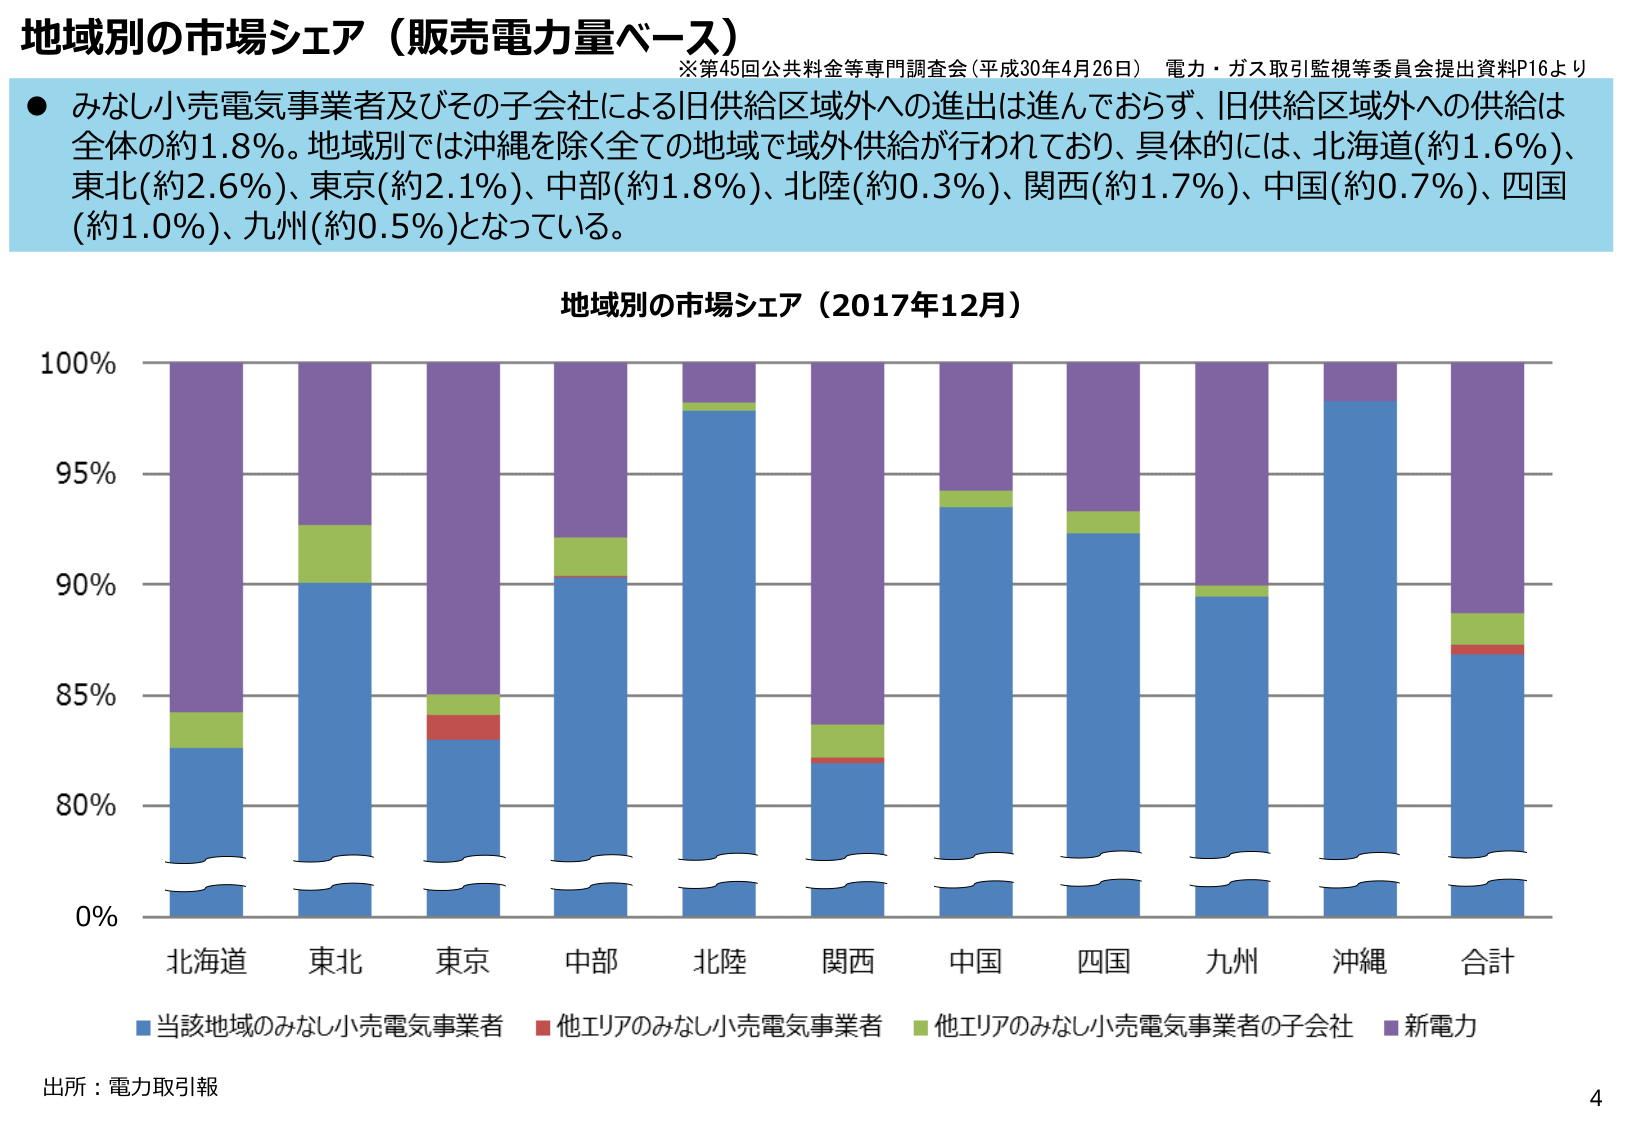
地域別の市場シェア（販売電力量ベース）
※第45回公共料金等専門調査会（平成30年4月26日） 電力・ガス取引監視等委員会提出資料P16より
● みなし小売電気事業者及びその子会社による旧供給区域外への進出は進んでおらず、旧供給区域外への供給は全体の約1.8％。地域別では沖縄を除く全ての地域で域外供給が行われており、具体的には、北海道（約1.6％）、東北（約2.6％）、東京（約2.1％）、中部（約1.8％）、北陸（約0.3％）、関西（約1.7％）、中国（約0.7％）、四国（約1.0％）、九州（約0.5％）となっている。

地域別の市場シェア（2017年12月）
100%
95%
90%
85%
80%
0%
北海道 東北 東京 中部 北陸 関西 中国 四国 九州 沖縄 合計
■当該地域のみなし小売電気事業者 ■他エリアのみなし小売電気事業者 ■他エリアのみなし小売電気事業者の子会社 ■新電力
出所：電力取引報
4